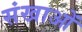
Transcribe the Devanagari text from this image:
संखाओं